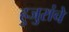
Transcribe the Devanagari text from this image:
हुजुरांचे